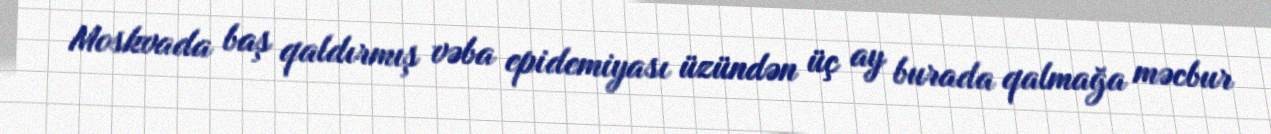
Moskvada baş qaldırmış vəba epidemiyası üzündən üç ay burada qalmağa məcbur